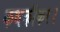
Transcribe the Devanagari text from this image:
कथकीकर।